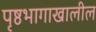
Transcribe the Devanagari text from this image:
पृष्ठभागाखालील